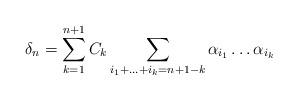
LaTeX: \begin{align*}\delta_n=\sum_{k=1}^{n+1}C_k\sum_{i_1+\ldots+i_k=n+1-k}\alpha_{i_1}\ldots\alpha_{i_k}\end{align*}